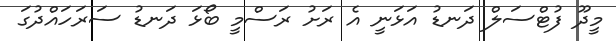
މީދޫ ފުޓްސަލް ދަނޑު އަޅަނީ އެ ރަށު ރަސްމީ ބޯޅަ ދަނޑު ސަރަހައްދުގަ